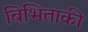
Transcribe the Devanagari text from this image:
बिभिताकी